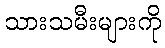
သားသမီးများကို